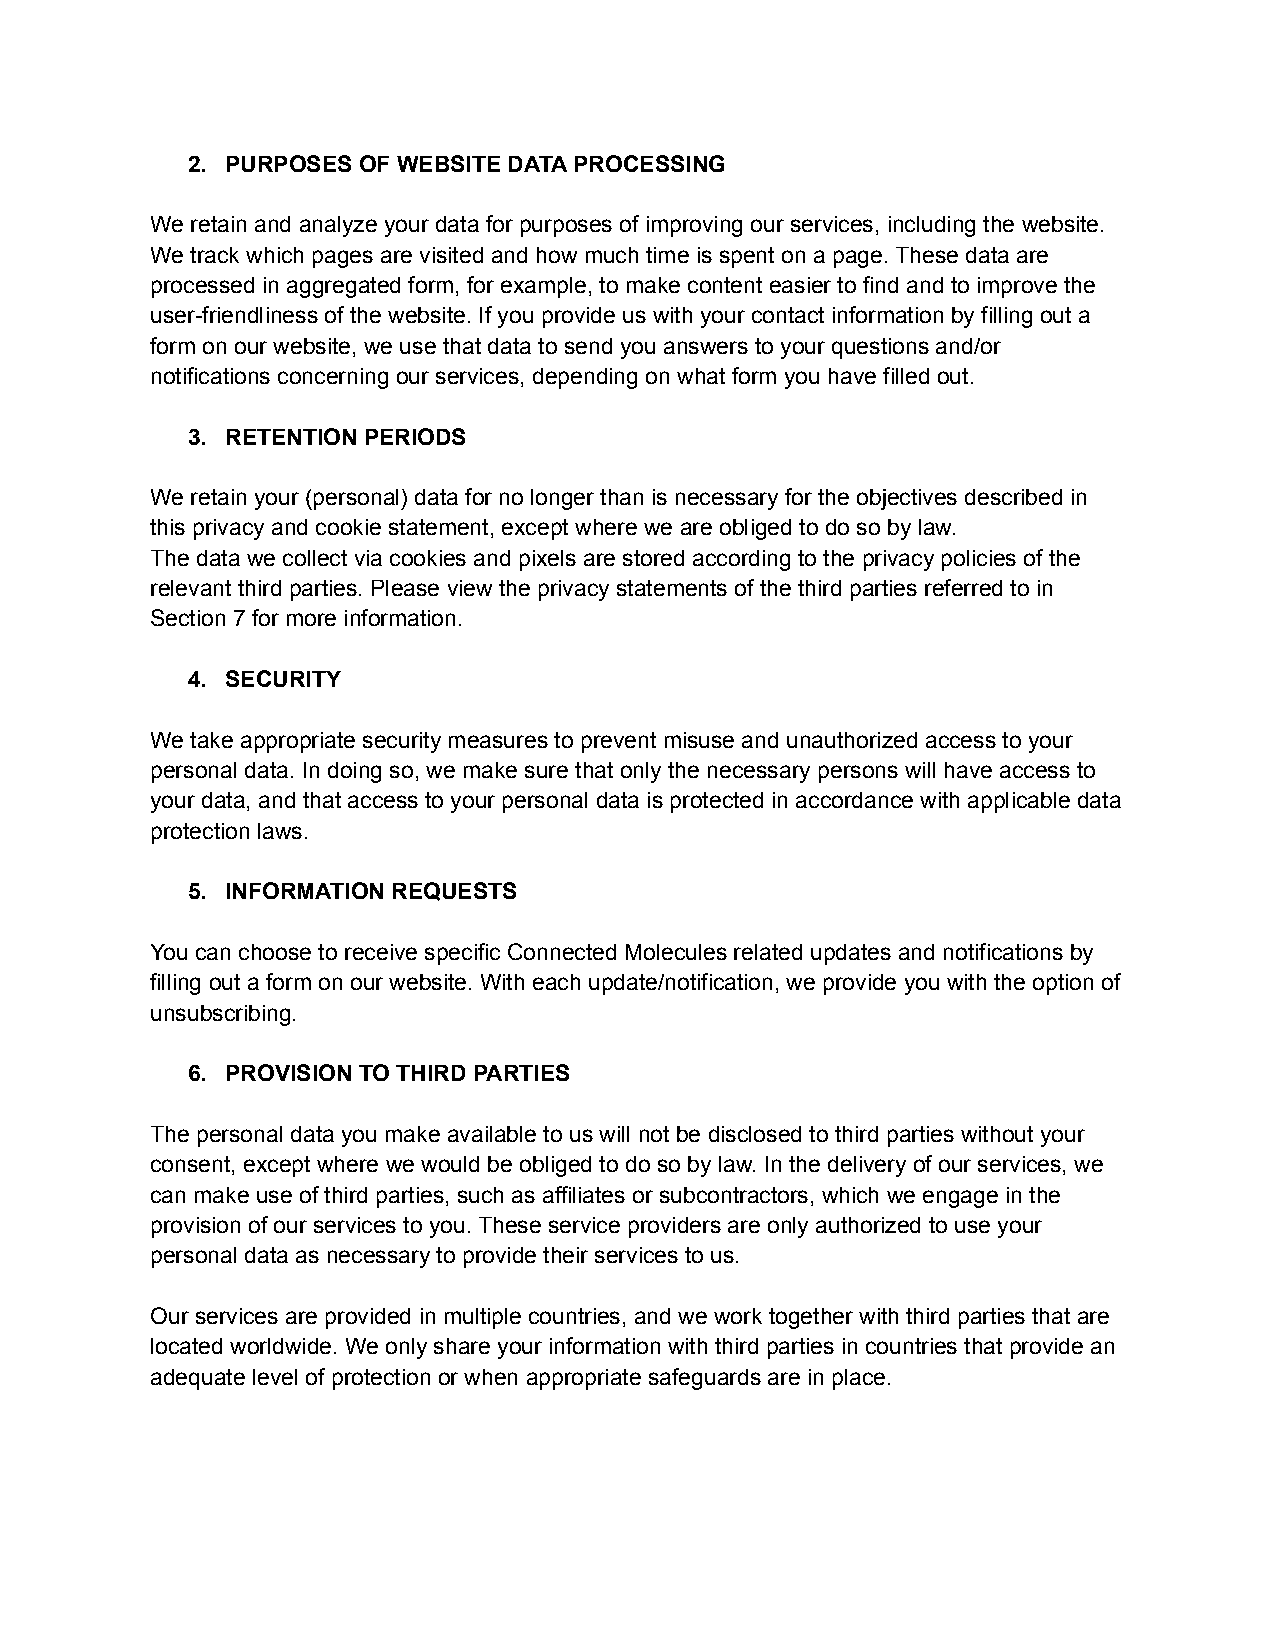
2. PURPOSES OF WEBSITE DATA PROCESSING
 We retain and analyze your data for purposes of improving our services, including the website.
 We track which pages are visited and how much time is spent on a page. These data are
 processed in aggregated form, for example, to make content easier to find and to improve the
 user-friendliness of the website. If you provide us with your contact information by filling out a
 form on our website, we use that data to send you answers to your questions and/or
 notifications concerning our services, depending on what form you have filled out.
 3. RETENTION PERIODS
 We retain your (personal) data for no longer than is necessary for the objectives described in
 this privacy and cookie statement, except where we are obliged to do so by law.
 The data we collect via cookies and pixels are stored according to the privacy policies of the
 relevant third parties. Please view the privacy statements of the third parties referred to in
 Section 7 for more information.
 4. SECURITY
 We take appropriate security measures to prevent misuse and unauthorized access to your
 personal data. In doing so, we make sure that only the necessary persons will have access to
 your data, and that access to your personal data is protected in accordance with applicable data
 protection laws.
 5. INFORMATION REQUESTS
 You can choose to receive specific Connected Molecules related updates and notifications by
 filling out a form on our website. With each update/notification, we provide you with the option of
 unsubscribing.
 6. PROVISION TO THIRD PARTIES
 The personal data you make available to us will not be disclosed to third parties without your
 consent, except where we would be obliged to do so by law. In the delivery of our services, we
 can make use of third parties, such as affiliates or subcontractors, which we engage in the
 provision of our services to you. These service providers are only authorized to use your
 personal data as necessary to provide their services to us.
 Our services are provided in multiple countries, and we work together with third parties that are
 located worldwide. We only share your information with third parties in countries that provide an
 adequate level of protection or when appropriate safeguards are in place.